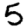
Digit: 5